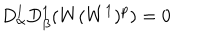
D _ { \alpha } ^ { 1 } D _ { \beta } ^ { 1 } ( W ( W ^ { 1 } ) ^ { p } ) = 0